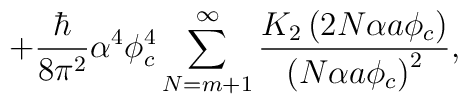
+ \frac{\hbar}{8\pi^{2}}\alpha^{4}\phi_{c}^{4}\sum_{N=m+1}^{\infty}\frac{K_{2}\left( 2N \alpha a\phi_{c}\right)}{\left( N\alpha a\phi _{c}\right) ^{2}},